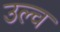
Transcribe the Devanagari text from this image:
उल्च